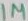
Text: 1µ